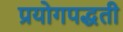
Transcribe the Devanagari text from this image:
प्रयोगपद्धती